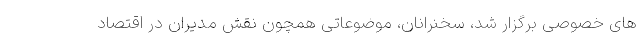
های خصوصی برگزار شد، سخنرانان، موضوعاتی همچون نقش مدیران در اقتصاد